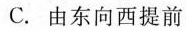
C.由东向西提前